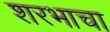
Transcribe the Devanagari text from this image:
शरभाचा